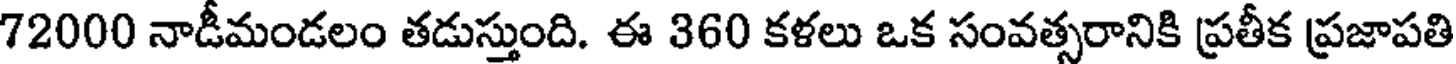
72000 నాడీమండలం తడుస్తుంది. ఈ 360 కళలు ఒక సంవత్సరానికి ప్రతీక ప్రజాపతి